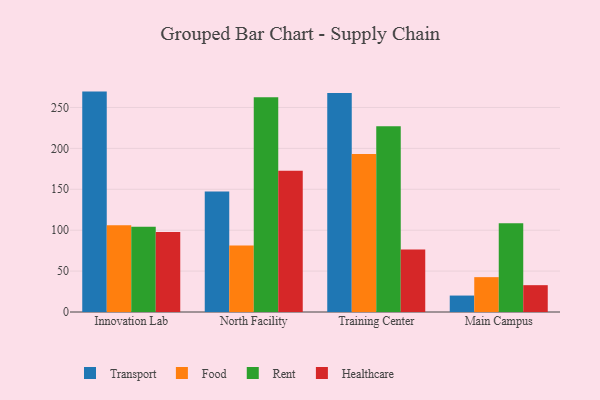
{"axis": {"x": "Campus", "y": "Latency (ms)"}, "legend": ["Food", "Healthcare", "Rent", "Transport"], "data": [{"x": "Innovation Lab", "y": 269.4, "type": "Transport"}, {"x": "Innovation Lab", "y": 106.0, "type": "Food"}, {"x": "Innovation Lab", "y": 104.1, "type": "Rent"}, {"x": "Innovation Lab", "y": 97.9, "type": "Healthcare"}, {"x": "North Facility", "y": 147.4, "type": "Transport"}, {"x": "North Facility", "y": 81.3, "type": "Food"}, {"x": "North Facility", "y": 262.6, "type": "Rent"}, {"x": "North Facility", "y": 172.8, "type": "Healthcare"}, {"x": "Training Center", "y": 267.8, "type": "Transport"}, {"x": "Training Center", "y": 193.2, "type": "Food"}, {"x": "Training Center", "y": 227.1, "type": "Rent"}, {"x": "Training Center", "y": 76.4, "type": "Healthcare"}, {"x": "Main Campus", "y": 20.1, "type": "Transport"}, {"x": "Main Campus", "y": 42.6, "type": "Food"}, {"x": "Main Campus", "y": 108.6, "type": "Rent"}, {"x": "Main Campus", "y": 32.8, "type": "Healthcare"}]}